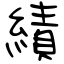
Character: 績